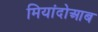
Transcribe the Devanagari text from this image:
मियांदोआब